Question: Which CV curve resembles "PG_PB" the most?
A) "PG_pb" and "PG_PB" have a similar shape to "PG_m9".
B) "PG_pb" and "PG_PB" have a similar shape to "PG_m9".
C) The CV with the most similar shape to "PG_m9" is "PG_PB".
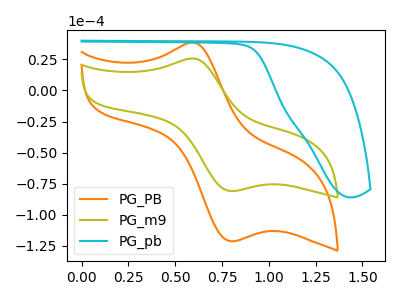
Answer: <think>The orange curve "PG_PB" has an anodic peak at (0.60V, 38.60uA) and a cathodic peak at (0.80V, -121.40uA). The olive curve "PG_m9" has an anodic peak at (0.60V, 25.75uA) and a cathodic peak at (0.80V, -81.00uA). The cyan curve "PG_pb" has no peaks.
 All the peaks in "PG_PB" have a peak in "PG_m9" at the same potential. Every peak in "PG_PB" is higher than every peak in "PG_m9". "PG_PB" and "PG_pb" have a different number of peaks. "PG_m9" and "PG_pb" have a different number of peaks.</think>
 <answer>C) The CV with the most similar shape to "PG_m9" is "PG_PB".</answer>
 <eval>C</eval>